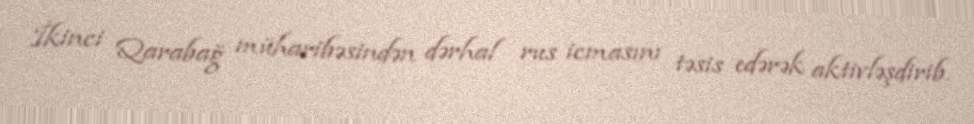
İkinci Qarabağ müharibəsindən dərhal rus icmasını təsis edərək aktivləşdirib.